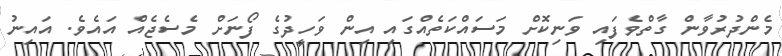
މެންދުރުވާން ގާތްވެފައި ވަނިކޮށް މަސައްކަތެއްގައި އިން ވަހީދުގެ ފޯނަށް މެސެޖެއް އައެވެ. އައިނު